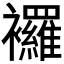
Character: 𧟌